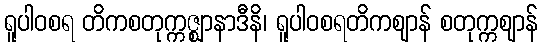
ရူပါဝစရ တိကစတုက္ကဇ္ဈာနာဒီနိ၊ ရူပါဝစရတိကဈာန် စတုက္ကဈာန်